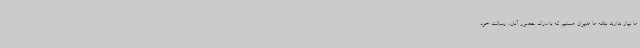
ما نیاز ندارند بلکه ما مدیران هستیم که با درک حضور آنان، رسالت خود